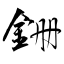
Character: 銏